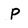
Character: P